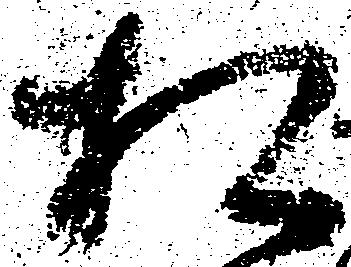
相